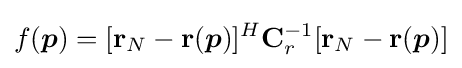
f({\boldsymbol {p}})=[{\bf {r}}_{N}-{\bf {r}}({\boldsymbol {p}})]^{H}{\bf {C}}_{r}^{-1}[{\bf {r}}_{N}-{\bf {r}}({\boldsymbol {p}})]